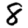
Digit: 8